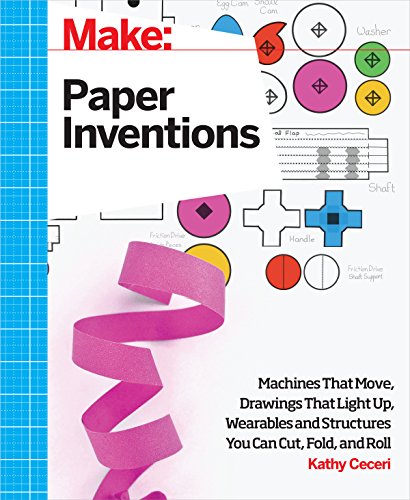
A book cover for Make: Paper Inventions: Machines that Move, Drawings that Light Up, and Wearables and Structures You Can Cut, Fold, and Roll; Kathy Ceceri; Engineering & Transportation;